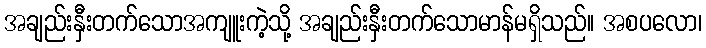
အချည်းနှီးတက်သောအကျူးကဲ့သို့ အချည်းနှီးတက်သောမာန်မရှိသည်။ အစပလော၊